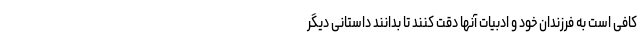
کافی است به فرزندان خود و ادبیات آنها دقت کنند تا بدانند داستانی دیگر